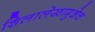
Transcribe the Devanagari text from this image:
शिलालेखामुळेच